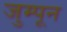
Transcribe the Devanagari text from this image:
जुम्पून